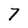
Character: 7